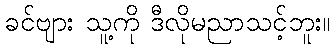
ခင်ဗျား သူ့ကို ဒီလိုမညာသင့်ဘူး။